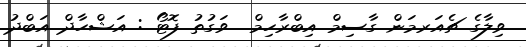
ވިލާގެ ޗެއަރމަން ގާސިމް އިބްރާހިމް  ވަގުތު ފޮޓޯ : އަޝްހާދް އަބްދު